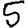
Digit: 5